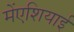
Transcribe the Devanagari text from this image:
मेंएशियाई